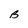
Character: B